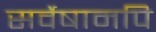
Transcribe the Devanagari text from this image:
सर्वेषामपि